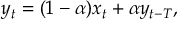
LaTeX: y _ { t } = ( 1 - \alpha ) x _ { t } + \alpha y _ { t - T } ,